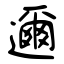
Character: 邇